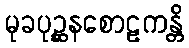
မုခပုဉ္ဆနစောဠကန္တိ